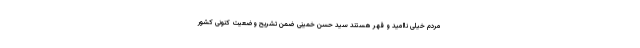
مردم خیلی ناامید و قهر هستند سید حسن خمینی ضمن تشریح وضعیت کنونی کشور